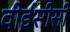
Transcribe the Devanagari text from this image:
वीईसीसी